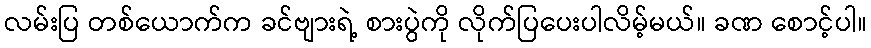
လမ်းပြ တစ်ယောက်က ခင်ဗျားရဲ့ စားပွဲကို လိုက်ပြပေးပါလိမ့်မယ်။ ခဏ စောင့်ပါ။